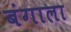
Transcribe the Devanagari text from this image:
बंगाला